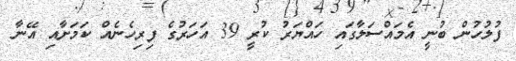
ފުލުހުން ބުނީ އެމައްސަލާގައި ހައްޔަރު ކުރީ 39 އަހަރުގެ ފިރިހެނެއް ކަމަށާއި އޭނާ